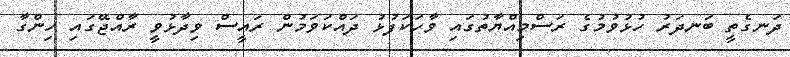
ދަނގެތީ ބަނދަރު ހުޅުވުމުގެ ރަސްމިއްޔާތުގައި ވާހަކަފުޅު ދައްކަވަމުން ރައީސް ވިދާޅުވީ ރާއްޖޭގައި ހިންގާ